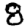
Digit: 8